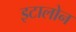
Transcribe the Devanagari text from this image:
इटालोन